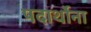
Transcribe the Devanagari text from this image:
पदार्थोना